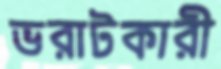
ভরাটকারী